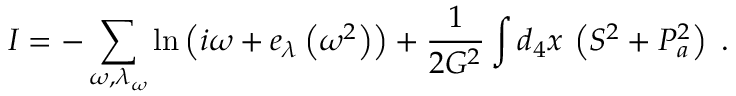
I = - \sum _ { \omega , \lambda _ { \omega } } \ln \left( i \omega + e _ { \lambda } \left( \omega ^ { 2 } \right) \right) + \frac { 1 } { 2 G ^ { 2 } } \int d _ { 4 } x \, \left( S ^ { 2 } + P _ { a } ^ { 2 } \right) \; .